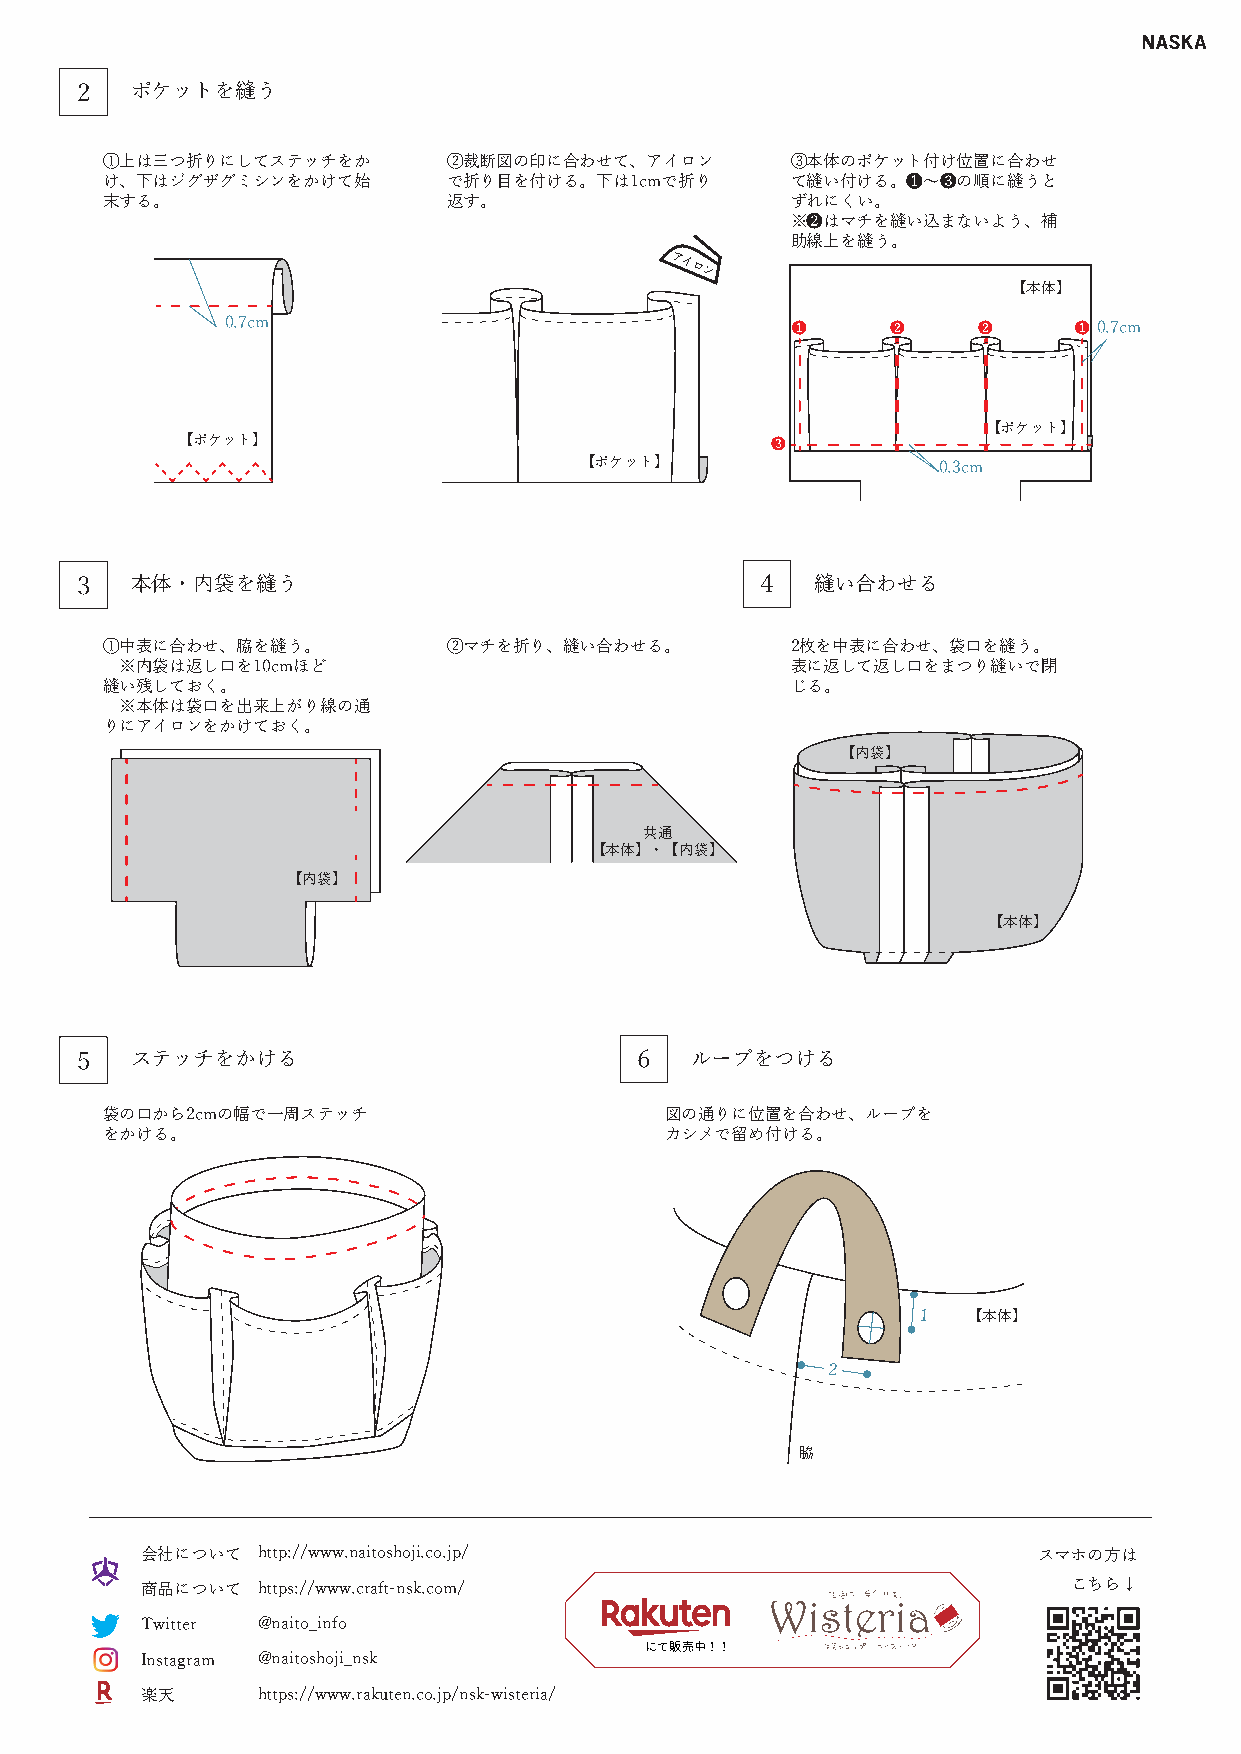
2   ポケットを縫う
 ①上は三つ折りにしてステッチをか       ②裁断図の印に合わせて、アイロン      ③本体のポケット付け位置に合わせ
 け、下はジグザグミシンをかけて始       で折り目を付ける。下は1cmで折り     て縫い付ける。➊～❸の順に縫うと
 末する。                   返す。                   ずれにくい。
 ※❷はマチを縫い込まないよう、補
 助線上を縫う。
 アイロン
 【本体】
 0.7cm                                ➊      ❷     ❷     ➊ 0.7cm
 【ポケット】
 【ポケット】                                 ❸
 【ポケット】                  0.3cm
 3   本体・内袋を縫う                                 4   縫い合わせる
 ①中表に合わせ、脇を縫う。          ②マチを折り、縫い合わせる。        2枚を中表に合わせ、袋口を縫う。
 ※内袋は返し口を10cmほど                              表に返して返し口をまつり縫いで閉
 縫い残しておく。                                     じる。
 ※本体は袋口を出来上がり線の通
 りにアイロンをかけておく。
 【内袋】
 共通
 【本体】・【内袋】
 【内袋】
 【本体】
 5   ステッチをかける                         6   ループをつける
 袋の口から2cmの幅で一周ステッチ                    図の通りに位置を合わせ、ループを
 をかける。                                カシメで留め付ける。
 1  【本体】
 2
 脇
 会社について  http://www.naitoshoji.co.jp/                        スマホの方は
 商品について  https://www.craft-nsk.com/                            こちら↓
 Twitter @naito_info
 にて販売中！！
 Instagram @naitoshoji_nsk
 楽天      https://www.rakuten.co.jp/nsk-wisteria/